Tezpur Lunatic Asylum reports 1877-1894 - 1877-1894
Year: 1877
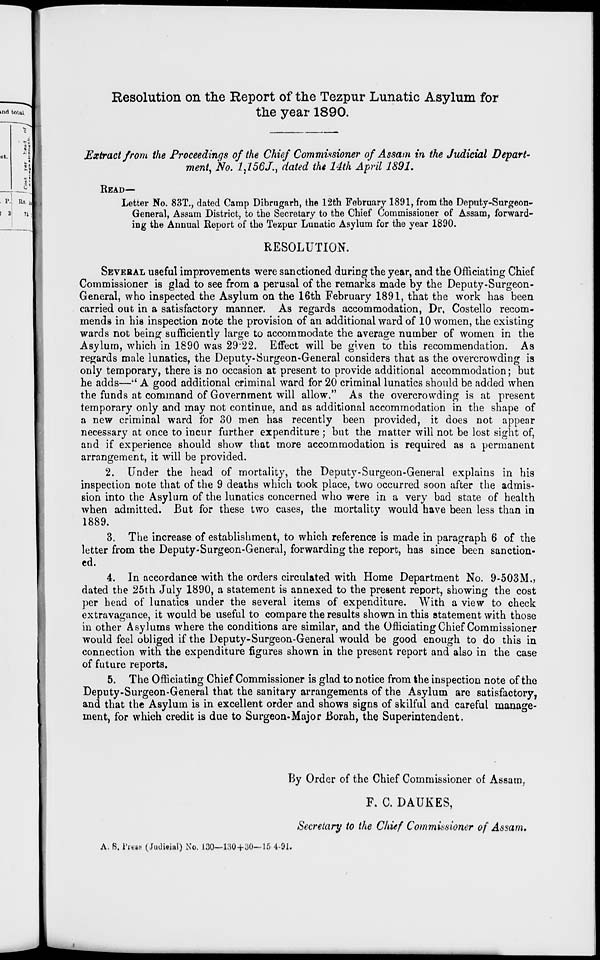
Resolution on the Report of the Tezpur Lunatic Asylum for
the year 1890.
Extract from the Proceedings of the Chief Commissioner of Assam in the Judicial Depart-
ment, No. 2,756V., dated the 14th April 1891.
READ—
Letter No. 83T., dated Camp Dibrugarh, the 12th February 1891, from the Deputy-Surgeon-
General, Assam District, to the Secretary to the Chief Commissioner of Assam, forward-
ing the Annual Report of the Tezpur Lunatic Asylum for the year 1890.
RESOLUTION.
SEVERAL useful improvements were sanctioned during the year, and the Officiating Chief
Commissioner is glad to see from a perusal of the remarks made by the Deputy-Surgeon -
General, who inspected the Asylum on the 16th February 1891, that the work has been
carried out in a satisfactory manner. As regards accommodation, Dr, Costello recom-
mends in his inspection note the provision of an additional ward of 10 women, the existing
wards not being sufficiently large to accommodate the average number of women in the
Asylum, which in 1890 was 29*22. Effect will be given to this recommendation. As
regards male lunatics, the Deputy-Surgeon-General considers that as the overcrowding is
only temporary, there is no occasion at present to provide additional accommodation; but
he adds—" A good additional criminal ward for 20 criminal lunatics should be added when
the funds at command of Government will allow," As the overcrowding is at present
temporary only and may not continue, and as additional accommodation in the shape of
a new criminal ward for 30 men has recently been provided, it does not appear
necessary at once to incur further expenditure ; but the matter will not be lost sight of,
and if experience should show that more accommodation is required as a permanent
arrangement, it will be provided.
2. Under the head of mortality, the Deputy-Surgeon-General explains in his
inspection note that of the 9 deaths which took place, two occurred soon after the admis-
sion into the Asylum of the lunatics concerned who were in a very bad state of health
when admitted. But for these two cases, the mortality would have been less than in
1889.
3. The increase of establishment, to which reference is made in paragraph 6 of the
letter from the Deputy-Surgeon-General, forwarding the report, has since been sanction-
ed.
4. In accordance with the orders circulated with Home Department No. 9-503M.,
dated the 25th July 1890, a statement is annexed to the present report, showing the cost
per head of lunatics under the several items of expenditure. With a view to check
extravagance, it would be useful to compare the results shown in this statement with those
in other Asylums where the conditions are similar, and the Officiating Chief Commissioner
would feel obliged if the Deputy-Surgeon-General would be good enough to do this in
connection with the expenditure figures shown in the present report and also in the case
of future reports.
5. The Officiating Chief Commissioner is glad to notice from the inspection note of the
Deputy-Surgeon-General that the sanitary arrangements of the Asylum are satisfactory,
and that the Asylum is in excellent order and shows signs of skilful and careful manage-
ment, for which credit is due to Surgeon-Major Borah, the Superintendent.
By Order of the Chief Commissioner of Assam,
F. C. DAUKES,
Secretary to the Chief Commissioner of Assam.
A. 6.1'rtBB (Judicial) No. 130—1:50+110-15 -1-91.